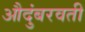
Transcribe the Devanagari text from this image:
औदुंबरवती